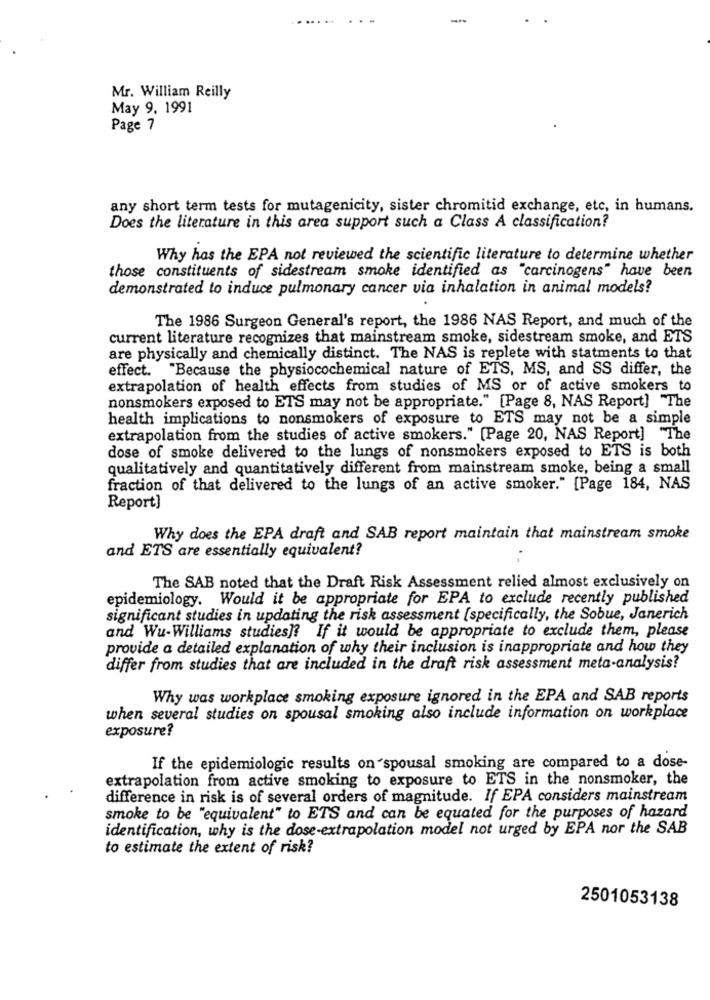
. . .
Mr. William Reilly
May 9. 1991
Page 7
any short term tests for mutagenicity, sister chromitid exchange, etc, in humans.
Does the literature in this area support such a Class A classification?
Why has the EPA not reviewed the scientific literature to determine whether
those constituents of sidestream smoke identified as "carcinogens" have been
demonstrated to induce pulmonary cancer via inhalation in animal models?
The 1986 Surgeon General's report, the 1986 NAS Report, and much of the
current literature recognizes that mainstream smoke, sidestream smoke, and ETS
are physically and chemically distinct. The NAS is replete with statments to that
effect.
"Because the physiocochemical nature of ETS, MS, and SS differ, the
extrapolation of health effects from studies of MS or of active smokers to
nonsmokers exposed to ETS may not be appropriate." [Page 8, NAS Report] "The
health implications to nonsmokers of exposure to ETS may not be a simple
extrapolation from the studies of active smokers." [Page 20, NAS Report] "The
dose of smoke delivered to the lungs of nonsmokers exposed to ETS is both
qualitatively and quantitatively different from mainstream smoke, being a small
fraction of that delivered to the lungs of an active smoker." [Page 184, NAS
Report]
Why does the EPA draft and SAB report maintain that mainstream smoke
and ETS are essentially equivalent?
The SAB noted that the Draft Risk Assessment relied almost exclusively on
epidemiology. Would it be appropriate for EPA to exclude recently published
significant studies in updating the risk assessment [specifically, the Sobue, Janerich
and Wu-Williams studies]? If it would be appropriate to exclude them, please
provide a detailed explanation of why their inclusion is inappropriate and how they
differ from studies that are included in the draft risk assessment meta-analysis?
Why was workplace smoking exposure ignored in the EPA and SAB reports
when several studies on spousal smoking also include information on workplace
exposure?
If the epidemiologic results on spousal smoking are compared to a dose-
extrapolation from active smoking to exposure to ETS in the nonsmoker, the
difference in risk is of several orders of magnitude. If EPA considers mainstream
smoke to be "equivalent" to ETS and can be equated for the purposes of hazard
identification, why is the dose-extrapolation model not urged by EPA nor the SAB
to estimate the extent of risk?
2501053138